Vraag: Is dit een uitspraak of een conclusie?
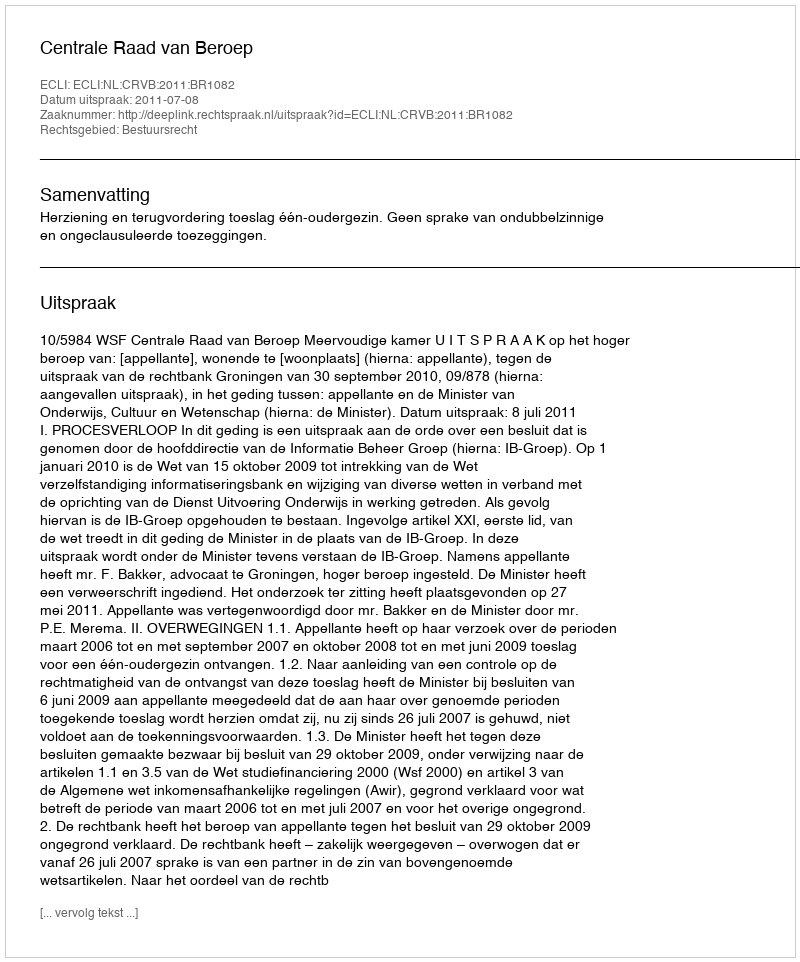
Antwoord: Uitspraak